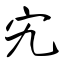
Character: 究